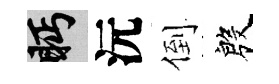
眄沅倒殷